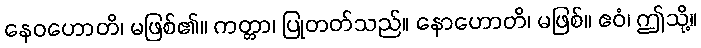
နေဝဟောတိ၊ မဖြစ်၏။ ကတ္တာ၊ ပြုတတ်သည်။ နောဟောတိ၊ မဖြစ်။ ဧဝံ၊ ဤသို့။